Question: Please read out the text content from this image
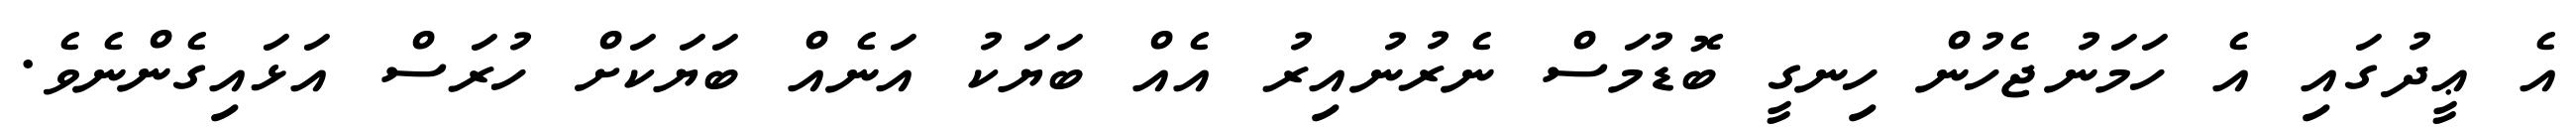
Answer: އެ ޢީދުގައި އެ ހަމަނުޖެހުން ހިނގީ ބޮޑުމަސް ނެރުނުއިރު އެއް ބަޔަކު އަނެއް ބަޔަކަށް ހުރަސް އަޅައިގެންނެވެ.